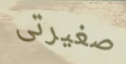
صغيرتى